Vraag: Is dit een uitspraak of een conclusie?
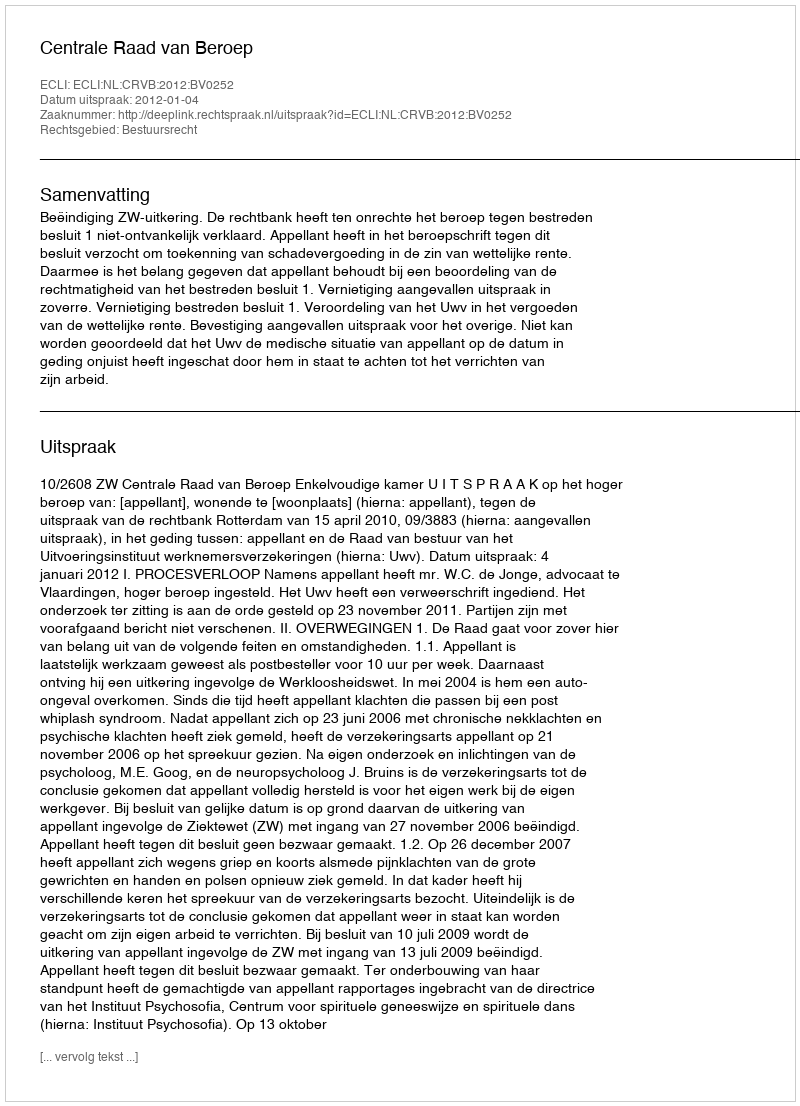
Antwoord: Uitspraak